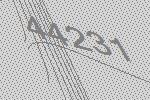
44231